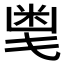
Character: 𱸸